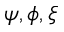
\psi , \phi , \xi